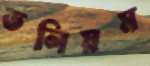
ভলিয়ম